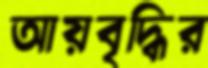
আয়বৃদ্ধির